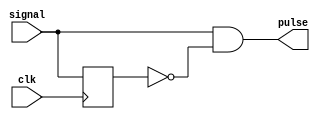
// from http://hdlsnippets.com/verilog_rising_edge_detect
module rising_edge_detect
(
 input  clk,
 input  signal,
 output pulse
);
 
reg     signal_prev;
 
always @(posedge clk) signal_prev <= signal;
 
assign pulse = signal & ~signal_prev;
 
endmodule